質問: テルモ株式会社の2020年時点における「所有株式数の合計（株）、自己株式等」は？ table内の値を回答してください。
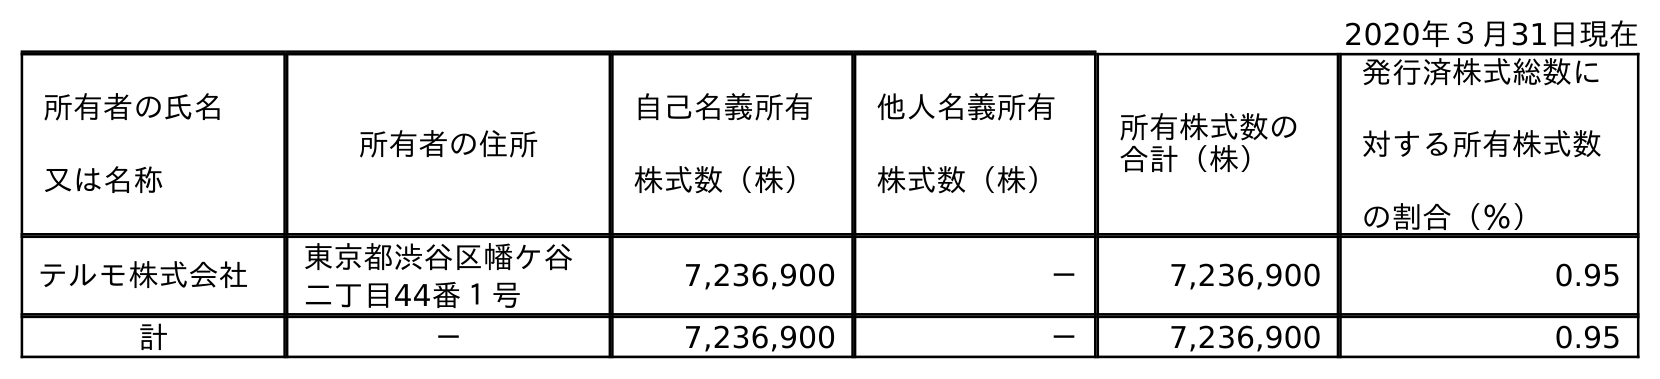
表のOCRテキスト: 2020年３月31日現在 所有者の氏名 又は名称 所有者の住所 自己名義所有 株式数（株） 他人名義所有 株式数（株） 所有株式数の 合計（株） 発行済株式総数に 対する所有株式数 の割合（％） テルモ株式会社 東京都渋谷区幡ケ谷 二丁目44番１号 7,236,900 － 7,236,900 0.95 計 － 7,236,900 － 7,236,900 0.95
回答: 7,236,900